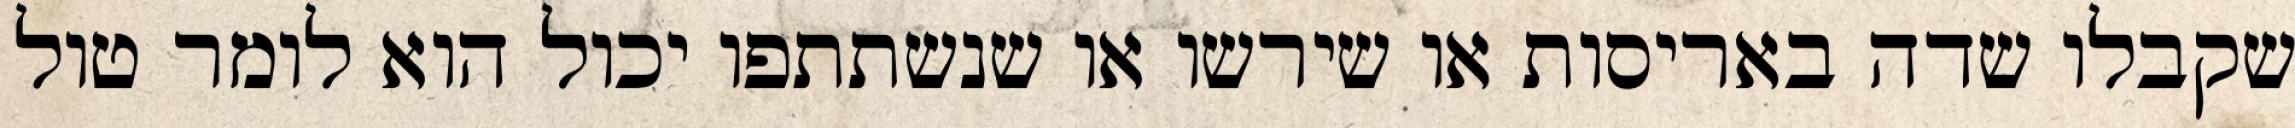
שקבלו שדה באריסות או שירשו או שנשתתפו יכול הוא לומר טול